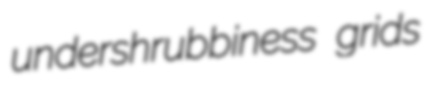
undershrubbiness grids